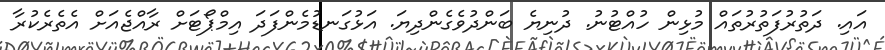
އައި. ދަތުރުފަތުރުތައް މުޅިން ހުއްޓުނު. ދުނިޔެ ބަންދުވެގެންދިޔަ. އަޅުގަނޑުމެންފަދަ އިމްޕޯޓަށް ރާއްޖެއަށް އެތެރެކުރާ